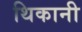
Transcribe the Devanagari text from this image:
थिकानी